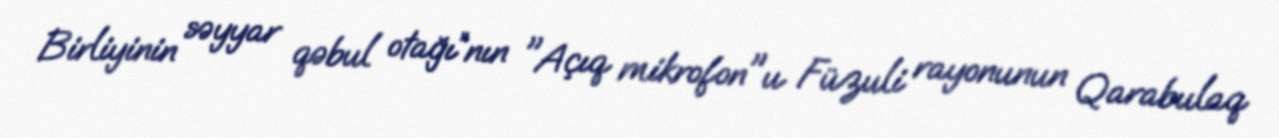
Birliyinin səyyar qəbul otağı”nın "Açıq mikrofon"u Füzuli rayonunun Qarabulaq